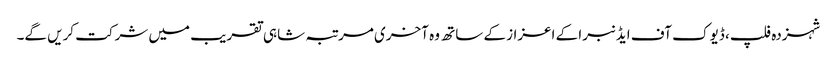
شہزدہ فلپ، ڈیوک آف ایڈنبرا کے اعزاز کے ساتھ وہ آخری مرتبہ شاہی تقریب میں شرکت کریں گے۔